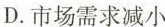
D.市场需求减小